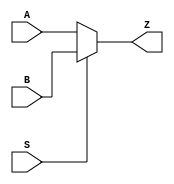
`timescale 1ns / 1ps
//////////////////////////////////////////////////////////////////////////////////
// Company: 
// Engineer: 
// 
// Design Name: 
// Module Name: my_2_to_1_mux
// Project Name: 
// Target Devices: 
// Tool Versions: 
// Description: 
// 
// Dependencies: 
// 
// Revision:
// Revision 0.01 - File Created
// Additional Comments:
// 
//////////////////////////////////////////////////////////////////////////////////


module my_2_to_1_mux(
    input A,
    input B,
    input S,
    output Z
    );
    
    assign Z = S ? B : A;
endmodule